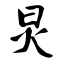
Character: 炅